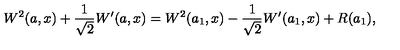
W ^ { 2 } ( a , x ) + \frac { 1 } { \sqrt { 2 } } W ^ { \prime } ( a , x ) = W ^ { 2 } ( a _ { 1 } , x ) - \frac { 1 } { \sqrt { 2 } } W ^ { \prime } ( a _ { 1 } , x ) + R ( a _ { 1 } ) ,